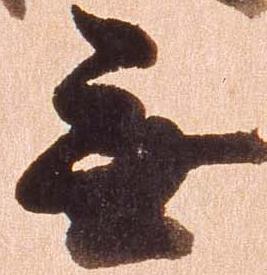
無